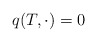
\begin{align*}q( T,\cdot) =0\end{align*}